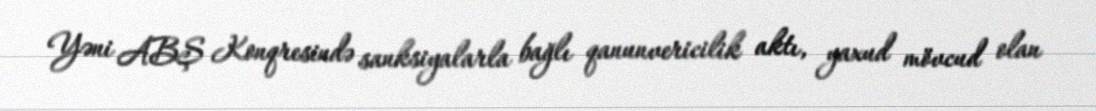
Yəni ABŞ Konqresində sanksiyalarla bağlı qanunvericilik aktı, yaxud mövcud olan